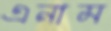
এনাম